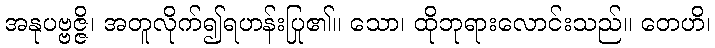
အနုပဗ္ဗဇ္ဇိ၊ အတူလိုက်၍ရဟန်းပြု၏။ သော၊ ထိုဘုရားလောင်းသည်။ တေဟိ၊